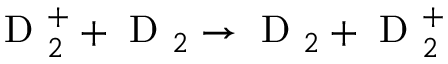
\mathrm { ~ D ~ } _ { 2 } ^ { + } + \mathrm { ~ D ~ } _ { 2 } \rightarrow \mathrm { ~ D ~ } _ { 2 } + \mathrm { ~ D ~ } _ { 2 } ^ { + }